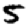
Digit: 5